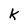
Character: k